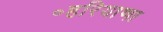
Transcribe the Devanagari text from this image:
॰हरियाणा